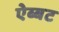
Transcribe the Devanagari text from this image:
ऐब्बट